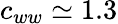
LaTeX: c_{ww}\simeq 1.3